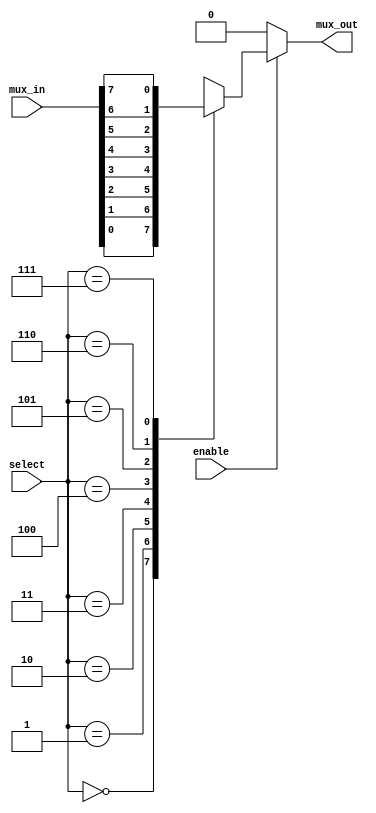
////////////////////////////////////////////////////////////////////////////////////////////////////
// Version:     1
// Description: 8-to-1 multiplexer implementation with specify block delays

module mux8to1_delay_cgrundey(enable, select, mux_in, mux_out);
  input enable; // active-high enable
  input [2:0] select; // multiplexer select lines
  input [7:0] mux_in; // multiplexer input lines
  output mux_out; // multiplexer output
  reg mux_out;

  always@(enable or select) begin
    if (enable)
      case(select)
        3'b000: mux_out = mux_in[0];
        3'b001: mux_out = mux_in[1];
        3'b010: mux_out = mux_in[2];
        3'b011: mux_out = mux_in[3];
        3'b100: mux_out = mux_in[4];
        3'b101: mux_out = mux_in[5];
        3'b110: mux_out = mux_in[6];
        3'b111: mux_out = mux_in[7];
      endcase
    else
      mux_out = 1'b0;
  end

  specify
    (enable => mux_out) = (20, 15);
    (select => mux_out) = (30, 30);
    (mux_in => mux_out) = (25, 20);
  endspecify
endmodule